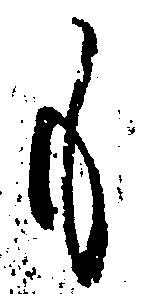
も